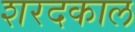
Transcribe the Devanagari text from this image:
शरदकाल